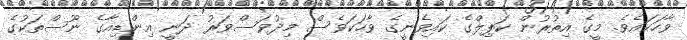
ވާހަކައެވެ. މީގެ އިތުރުން ކަޕިލްގެ ކައިވެނީގެ ވާހަކަވެސް މިދުވަސްވަރު ދަނީ އިންޑިއާގެ ނޫސްތަކުގެ